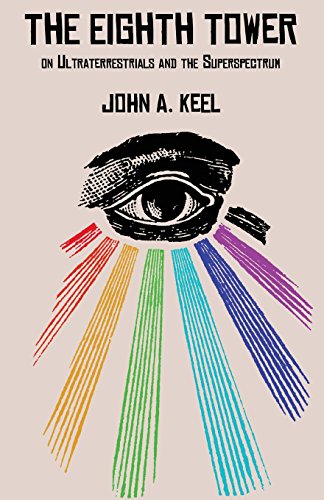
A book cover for The Eighth Tower: On Ultraterrestrials and the Superspectrum; John a. Keel; Science & Math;